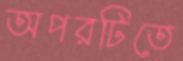
অপরটিতে